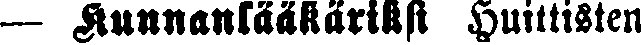
— Kunnanlääkäriksi Huittisten